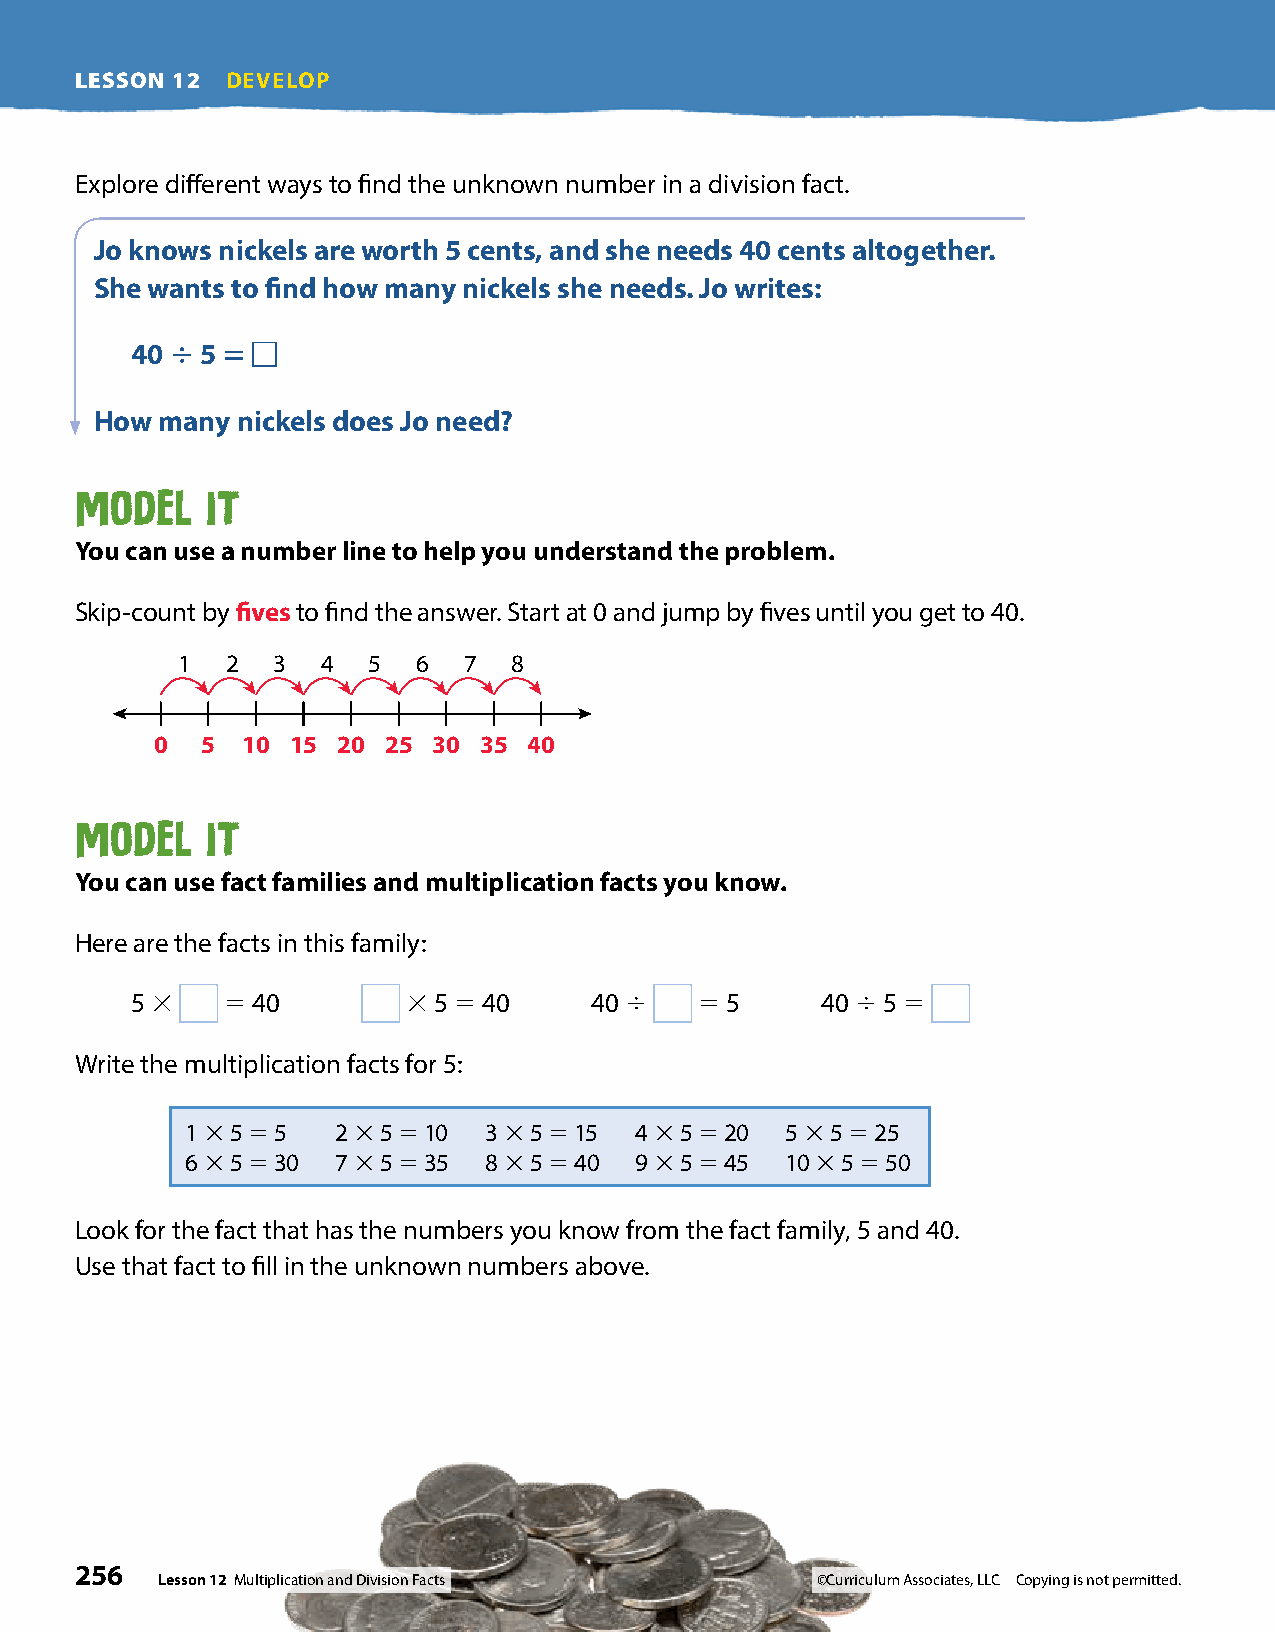
LESSON 12 DEVELOP
 Explore different ways to find the unknown number in a division fact.
 Jo knows nickels are worth 5 cents, and she needs 40 cents altogether .
 She wants to find how many nickels she needs . Jo writes:
 40 4 5 5
 How many  nickels does Jo need?
 Model    It
 You can use a number line to help you understand the problem .
 Skip-count by fives to find the answer. Start at 0 and jump by fives until you get to 40.
 1  2  3  4  5   6  7  8
 0  5  10 15 20 25  30 35 40
 Model    It
 You can use fact families and multiplication facts you know .
 Here are the facts in this family:
 5 3   5 40        3 5 5 40    40 4   5 5     40 4 5 5
 Write the multiplication facts for 5:
 1 3 5 5 5 2 3 5 5 10 3 3 5 5 15 4 3 5 5 20 5 3 5 5 25
 6 3 5 5 30 7 3 5 5 35 8 3 5 5 40 9 3 5 5 45 10 3 5 5 50
 Look for the fact that has the numbers you know from the fact family, 5 and 40.
 Use that fact to fill in the unknown numbers above.
 256
 Lesson 12 Multiplication and Division Facts ©Curriculum Associates, LLC Copying is not permitted.